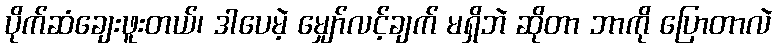
ပိုက်ဆံချေးဖူးတယ်၊ ဒါပေမဲ့ မျှော်လင့်ချက် မရှိဘဲ ဆိုတာ ဘာကို ပြောတာလဲ